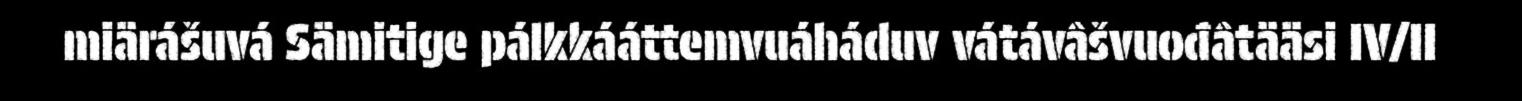
miärášuvá Sämitige pálkkááttemvuáháduv vátávâšvuođâtääsi IV/II